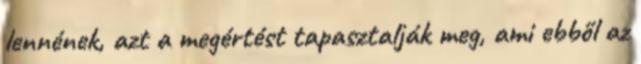
lennének, azt a megértést tapasztalják meg, ami ebből az